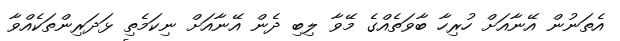
އެތަނުން އޭނާއަށް ހުރިހާ ބާވަތެއްގެ މޭވާ ލިބި ދެން އޭނާއަށް ނިކަމެތި ޅަދަރިންތަކެއްވާ